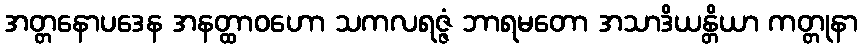
အတ္တနောပဒေန အနတ္ထာဝဟော သကလရဇ္ဇံ ဘာရမတော အသာဒိယန္တိယာ ကတ္တုနာ